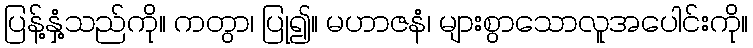
ပြန့်နှံ့သည်ကို။ ကတွာ၊ ပြု၍။ မဟာဇနံ၊ များစွာသောလူအပေါင်းကို။